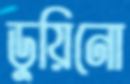
ডুয়িনো